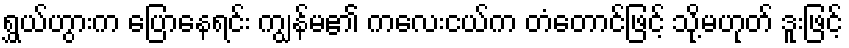
ရွှယ်ဟွားက ပြောနေရင်း ကျွန်မ၏ ကလေးငယ်က တံတောင်ဖြင့် သို့မဟုတ် ဒူးဖြင့်